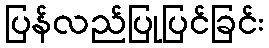
ပြန်လည်ပြုပြင်ခြင်း